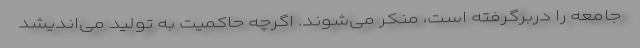
جامعه را دربرگرفته است، منکر می‌شوند. اگرچه حاکمیت به تولید می‌اندیشد